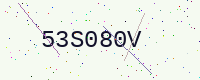
Text: 53S080V